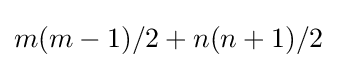
m(m-1)/2+n(n+1)/2